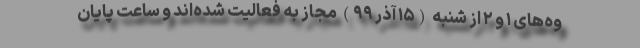
وه‌های ۱ و ۲ از شنبه (۱۵ آذر ۹۹) مجاز به فعالیت شده‌اند و ساعت پایان